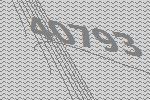
40793